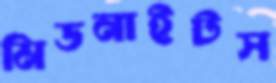
মিডনাইটস